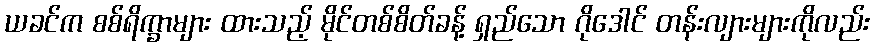
ယခင်က စစ်ရိက္ခာများ ထားသည့် မိုင်တစ်စိတ်ခန့် ရှည်သော ဂိုဒေါင် တန်းလျားများကိုလည်း